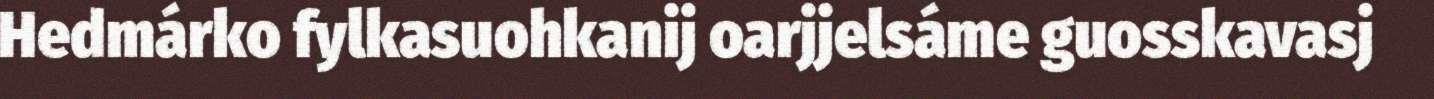
Hedmárko fylkasuohkanij oarjjelsáme guosskavasj